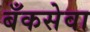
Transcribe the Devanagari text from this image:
बँकसेवा